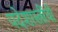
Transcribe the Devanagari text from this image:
पदेशास्त्रींची